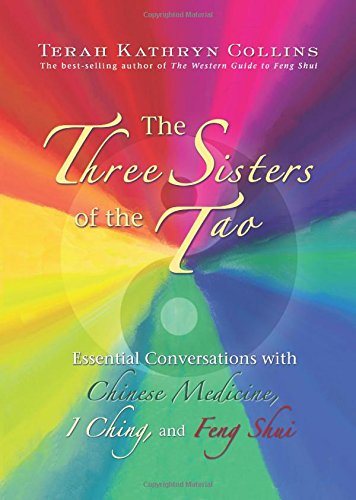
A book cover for The Three Sisters of the Tao: Essential Conversations with Chinese Medicine, I Ching, and Feng Shui; Terah Kathryn Collins; Religion & Spirituality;